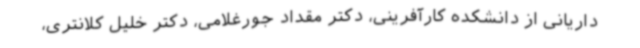
داریانی از دانشکده کارآفرینی، دکتر مقداد جورغلامی، دکتر خلیل کلانتری،